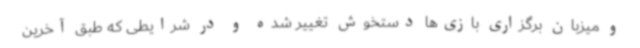
و میزبان برگزاری بازی‌ها دستخوش تغییر شده و در شرایطی که طبق آخرین